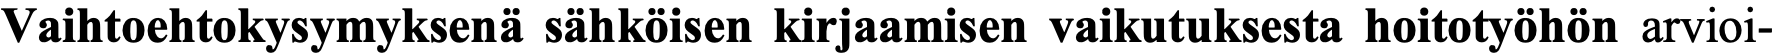
Vaihtoehtokysymyksenä sähköisen kirjaamisen vaikutuksesta hoitotyöhön arvioi-